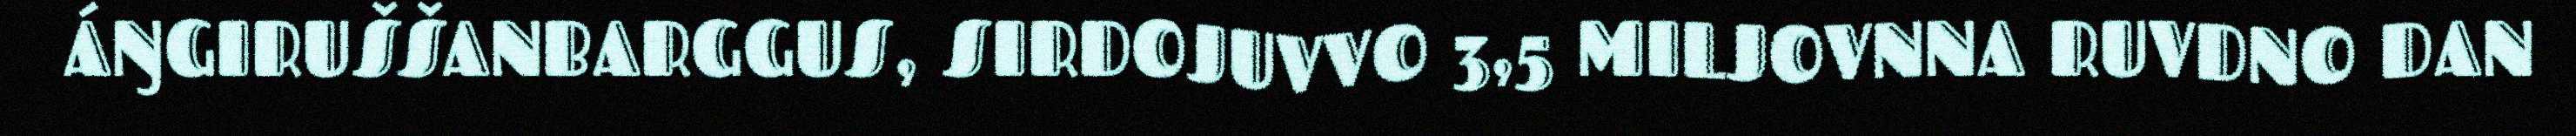
ÁŊGIRUŠŠANBARGGUS, SIRDOJUVVO 3,5 MILJOVNNA RUVDNO DAN